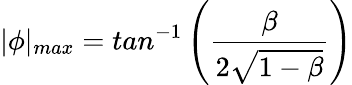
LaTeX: |\phi|_{max}=tan^{-1}\left(\frac{\beta}{2\sqrt{1-\beta}}\right)